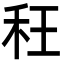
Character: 𮂴